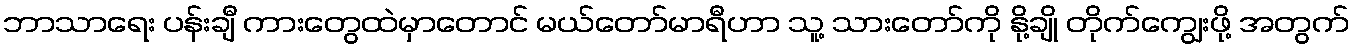
ဘာသာရေး ပန်းချီ ကားတွေထဲမှာတောင် မယ်တော်မာရီဟာ သူ့ သားတော်ကို နို့ချို တိုက်ကျွေးဖို့ အတွက်